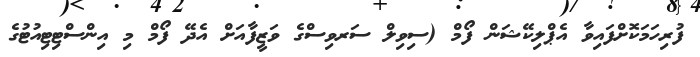
ފުރިހަމަކޮށްފައިވާ އެޕްލިކޭޝަން ފޯމް (ސިވިލް ސަރވިސްގެ ވަޒީފާއަށް އެދޭ ފޯމް މި އިންސްޓިޓިއުޓުގެ